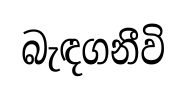
බැඳගනීවි